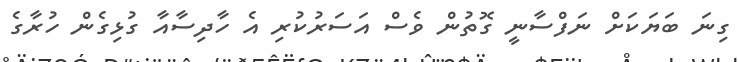
ގިނަ ބަޔަކަށް ނަފްސާނީ ގޮތުން ވެސް އަސަރުކުރި އެ ހާދިސާއާ ގުޅިގެން ހުރާގެ